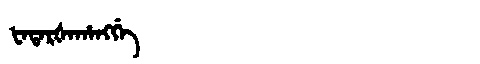
Manchu: ᡶᠠᡨᠠᡵᡧᠠᡥᠠᠩᡤᡝ
Romanization: FATARŠAHANGGE